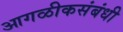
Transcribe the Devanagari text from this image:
आगळीकसंबंधी